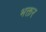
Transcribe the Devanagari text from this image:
भक्तर